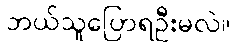
ဘယ်သူပြောရဦးမလဲ။